Vaccination in Bombay 1856-1862 - 1856-1862
Year: 1856
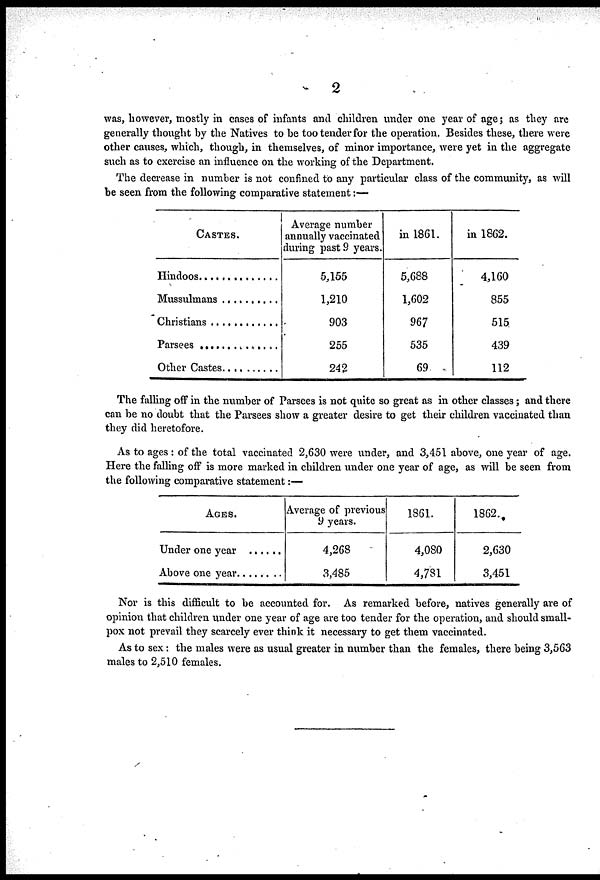
2
was, however, mostly in cases of infants and children under one year of age; as they are
generally thought by the Natives to be too tender for the operation. Besides these, there were
other causes, which, though, in themselves, of minor importance, were yet in the aggregate
such as to exercise an influence on the working of the Department.
The decrease in number is not confined to any particular class of the community, as will
be seen from the following comparative statement:—
CASTES.
Hindoos..............
Mussulmans..........
Christians..........
Parsees ............
Other Castes
..........
Average number
annually vaccinated
during past 9 years.
5,155
1,210
903
255
242
in 1861.
5,688
1,602
967
535
69
in 1862.
4,160
855
515
439
112
The falling off in the number of Parsees is not quite so great as in other classes; and there
can be no doubt that the Parsees show a greater desire to get their children vaccinated than
they did heretofore.
As to ages : of the total vaccinated 2,630 were under, and 3,451 above, one year of age.
Here the falling off is more marked in children under one year of age, as will be seen from
the following comparative statement:—
AGES.
Under one year ......
Above one year ........
Average of previous
9 years.
4,268
3,485
1861.
4,080
4,781
1862.
2,630
3,451
Nor is this difficult to be accounted for. As remarked before, natives generally are of
opinion that children under one year of age are too tender for the operation, and should small-
pox not prevail they scarcely ever think it necessary to get them vaccinated.
As to sex: the males were as usual greater in number than the females, there being 3,563
males to 2,510 females.